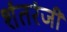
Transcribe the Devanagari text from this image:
शंतरंजी